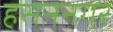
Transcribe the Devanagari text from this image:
हसननगर